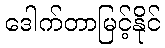
ဒေါက်တာမြင့်နိုင်